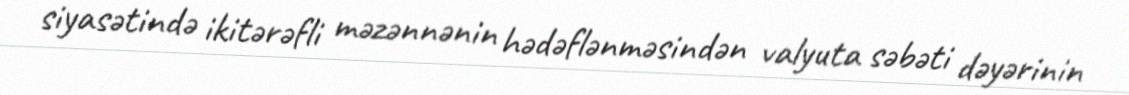
siyasətində ikitərəfli məzənnənin hədəflənməsindən valyuta səbəti dəyərinin